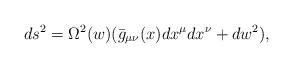
LaTeX: \begin{align*}ds^2 = \Omega^2(w)(\bar{g}_{\mu \nu}(x)dx^{\mu} dx^{\nu} + dw^2),\end{align*}